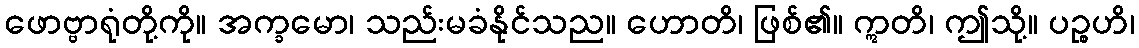
ဖောဗ္ဗာရုံတို့ကို။ အက္ခမော၊ သည်းမခံနိုင်သည။ ဟောတိ၊ ဖြစ်၏။ ဣတိ၊ ဤသို့။ ပဉ္စဟိ၊